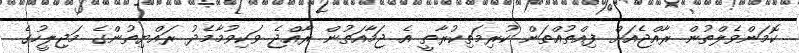
ކޮމަންވެލްތުން ރާއްޖެއަށް ފިއްތުއްތަން ކުރިމަތިކުރާތީ އެ ޖަމާއަތުން ރާއްޖެ ވަކިވުމާމެދު ރައްޔިތުންގެ މަޖިލީހުގެ